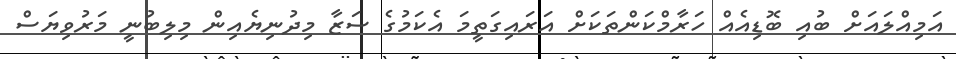
އަމިއްލައަށް ބުއި ބޮޑިއެއް ހަރާމްކަންތަކަށް އަރައިގަތީމަ އެކަމުގެ ސަޒާ މިދުނިޔެއިން މިލިބުނީ މަރުވިޔަސް